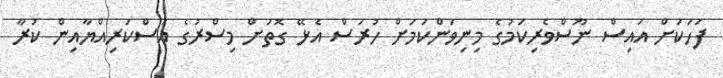
ފަހަކަށް އައިސް ނޫސްވެރިކަމުގެ މިނިވަންކަމަށް ހުރަސް އެޅޭ ގޮތަށް މިސްރުގެ އަސްކަރިއްޔާއިން ކުރާ